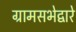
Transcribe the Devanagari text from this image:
ग्रामसभेद्वारे